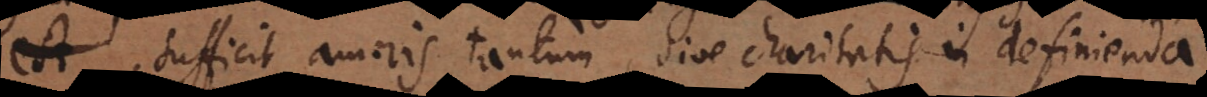
est, sufficit amoris tantum, sive charitatis in definienda